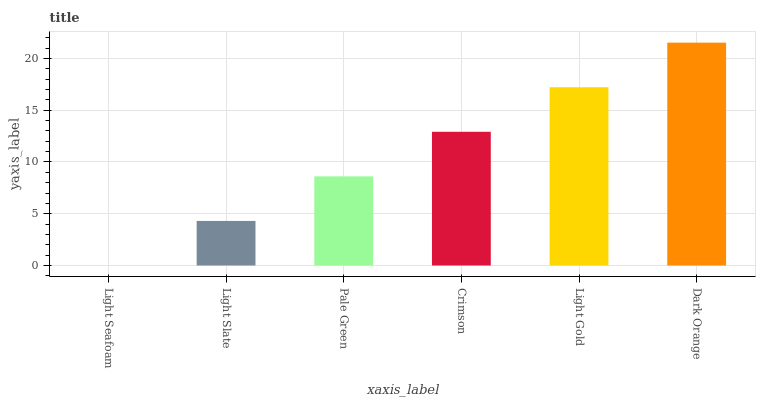
| xaxis_label | bars |
 | --- | --- |
 | Light Seafoam | 0 |
 | Light Slate | 4.3 |
 | Pale Green | 8.61 |
 | Crimson | 12.9 |
 | Light Gold | 17.2 |
 | Dark Orange | 21.5 |